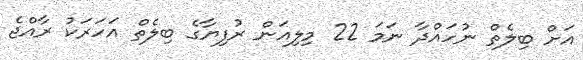
އަށް ބިލެތް ނުހައްދާ ނަމަ 22 މިލިއަން ރުފިޔާގެ ބިލެތް އަހަރަކު ރާއްޖެ